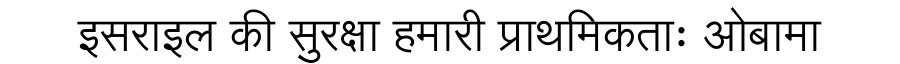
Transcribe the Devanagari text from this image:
इसराइल की सुरक्षा हमारी प्राथमिकताः ओबामा